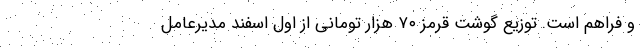
و فراهم است. توزیع گوشت قرمز ۷۰ هزار تومانی از اول اسفند مدیرعامل